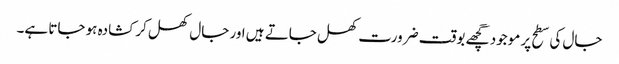
جال کی سطح پر موجود گچھے بوقت ضرورت کھل جاتے ہیں اور جال کھل کر کشادہ ہو جاتا ہے۔